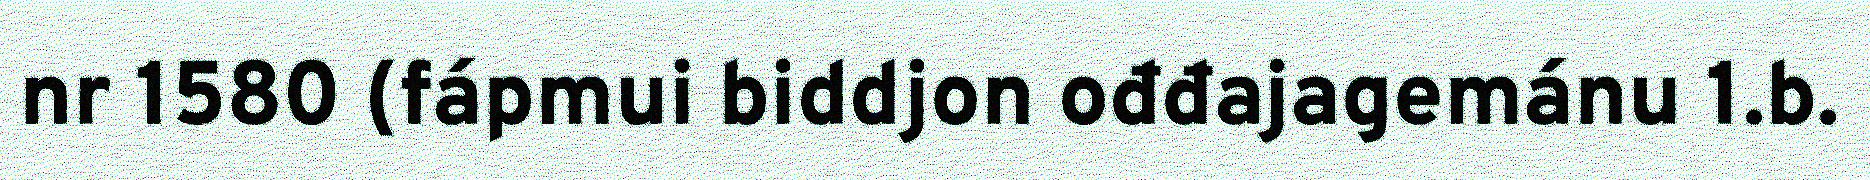
nr 1580 (fápmui biddjon ođđajagemánu 1.b.